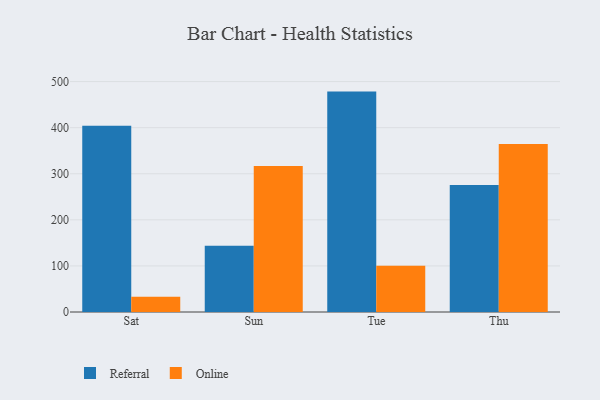
{"axis": {"x": "Day", "y": "Page Views"}, "legend": ["Online", "Referral"], "data": [{"x": "Sat", "y": 404.3, "type": "Referral"}, {"x": "Sat", "y": 33.0, "type": "Online"}, {"x": "Sun", "y": 144.0, "type": "Referral"}, {"x": "Sun", "y": 317.0, "type": "Online"}, {"x": "Tue", "y": 478.3, "type": "Referral"}, {"x": "Tue", "y": 100.4, "type": "Online"}, {"x": "Thu", "y": 275.5, "type": "Referral"}, {"x": "Thu", "y": 364.6, "type": "Online"}]}